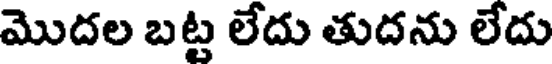
మొదల బట్ట లేదు తుదను లేదు